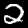
Label: 2